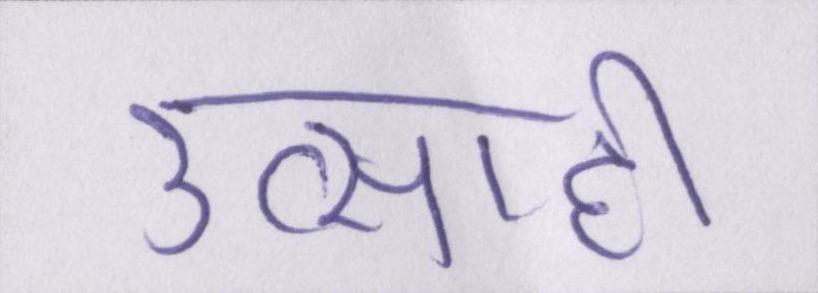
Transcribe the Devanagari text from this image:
उत्साही